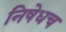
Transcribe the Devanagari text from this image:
निषेधच